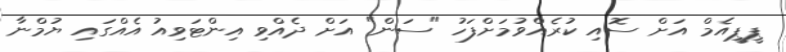
ޕީޕީއެމް އަށް ސޮއި ކުރެއްވުމަށްފަހު "ސަން" އަށް ދެއްވި އިންޓަވިއު އެއްގައި ޔުމްނާ